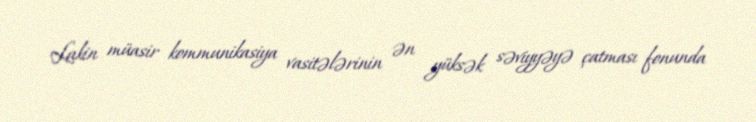
Lakin müasir kommunikasiya vasitələrinin ən yüksək səviyyəyə çatması fonunda